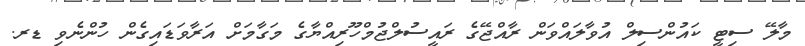
މާލޭ ސިޓީ ކައުންސިލް އުވާލައްވަން ރާއްޖޭގެ ރައީސުލްޖުމްހޫރިއްޔާގެ މަގާމަށް އަރާވަޑައިގެން ހުންނެވި ޑރ.